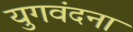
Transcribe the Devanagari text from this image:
युगवंदना